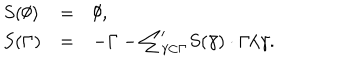
\begin{array} { l l l } { { S ( \emptyset ) } } & { { = } } & { { \emptyset , } } \\ { { S ( \Gamma ) } } & { { = } } & { { - \Gamma - { \sum } _ { \gamma \subset \Gamma } ^ { \prime } S ( \bar { \gamma } ) \cdot \Gamma / \gamma . } } \\ \end{array}